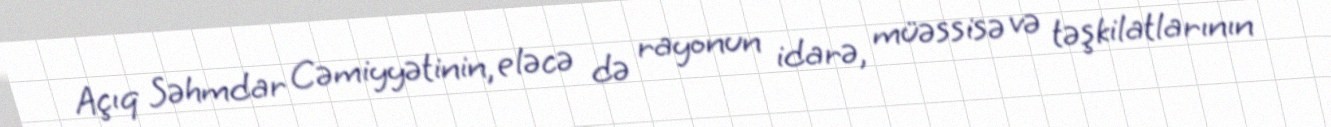
Açıq Səhmdar Cəmiyyətinin, eləcə də rayonun idarə, müəssisə və təşkilatlarının